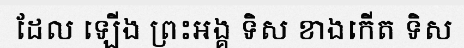
ដែល ឡើង ព្រះអង្គ ទិស ខាងកើត ទិស